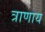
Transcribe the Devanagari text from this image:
त्राणाय